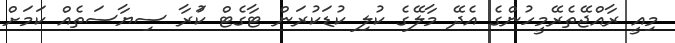
މިއީ ރާއްޖޭތެރޭމީހުންގެ އެެދޭ މާލޭގެ ކުލި ކުޑަކުރަން ޓާގެޓް ކުަރާ ސިޔާސަތެއް ކަމަށް